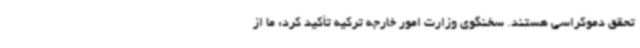
تحقق دموکراسی هستند. سخنگوی وزارت امور خارجه ترکیه تأکید کرد: ما از